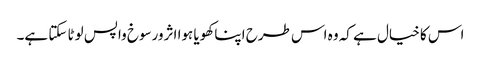
اس کا خیال ہے کہ وہ اس طرح اپنا کھویا ہوا اثرورسوخ واپس لوٹا سکتا ہے۔